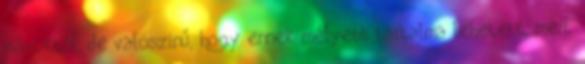
másoktól, de valószinű, hogy ennek mélyebb tartalma lehetett, mert